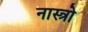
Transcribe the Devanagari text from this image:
नास्त्रो